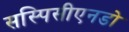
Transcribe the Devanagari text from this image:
सस्पिसीएनडो